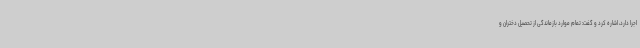
اجرا دارد، اشاره کرد و گفت: تمام موارد بازماندگی از تحصیل دختران و